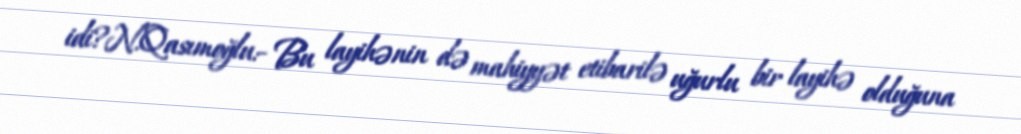
idi?N.Qasımoğlu:- Bu layihənin də mahiyyət etibarilə uğurlu bir layihə olduğuna